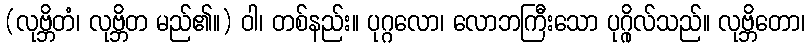
(လုဗ္ဘိတံ၊ လုဗ္ဘိတ မည်၏။) ဝါ၊ တစ်နည်း။ ပုဂ္ဂလော၊ လောဘကြီးသော ပုဂ္ဂိုလ်သည်။ လုဗ္ဘိတော၊